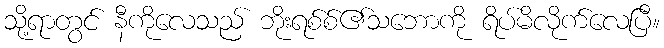
သို့ရာတွင် နီကိုလေသည် ဘိုးရစ်စ်၏သဘောကို ရိပ်မိလိုက်လေပြီ။